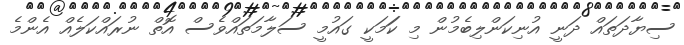
ސިޔާދަތައް ދަނީ އުނިކަންލިބެމުން މި ކަަމަކީ ގައުމީ ސަލާމަތައްވެސް އޮތް ނުރައްކަލެއް އެންމެ